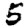
Digit: 5